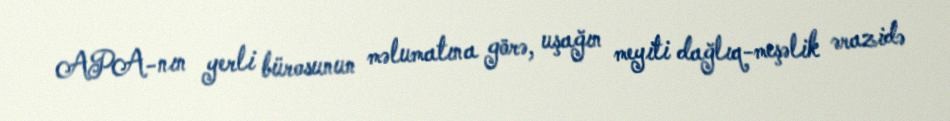
APA-nın yerli bürosunun məlumatına görə, uşağın meyiti dağlıq-meşəlik ərazidə